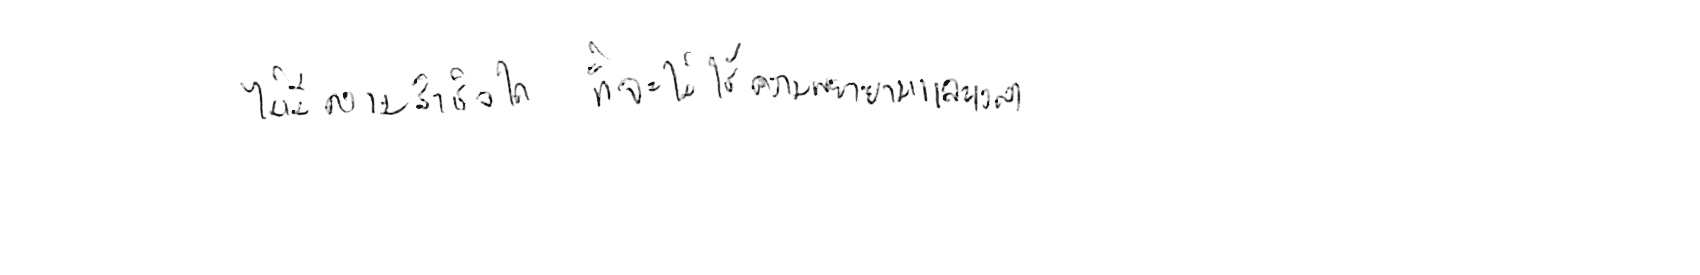
ไม่มีความสำเร็จใด ที่จะไม่ใช้ความพยายามและเวลา